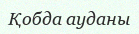
Қобда ауданы